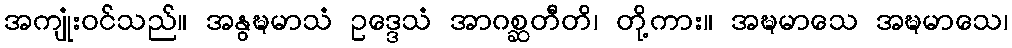
အကျုံးဝင်သည်။ အနွဍ္ဎမာသံ ဥဒ္ဒေသံ အာဂစ္ဆတီတိ၊ တို့ကား။ အဍ္ဎမာသေ အဍ္ဎမာသေ၊